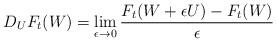
LaTeX: \begin{align*} D_{U}F_{t}(W) = \lim_{\epsilon\to 0}\frac{F_{t}(W+\epsilon U)-F_{t}(W)}{\epsilon}\end{align*}